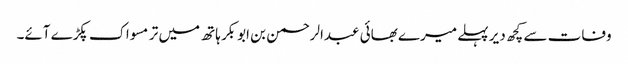
وفات سے کچھ دیر پہلے میرے بھائی عبدالرحمن بن ابوبکر ہاتھ میں تر مسواک پکڑے آئے۔